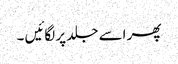
پھر اسے جلد پر لگائیں ۔